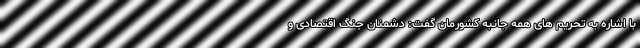
با اشاره به تحریم های همه جانبه کشورمان گفت: دشمنان جنگ اقتصادی و